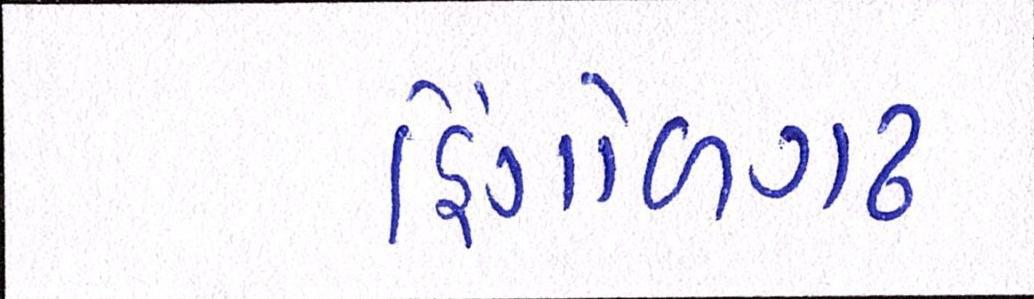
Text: હિંગોળગઢ